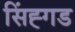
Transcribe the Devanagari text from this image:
सिंह्गड